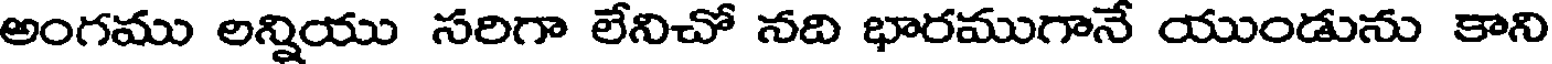
అంగము లన్నియు సరిగా లేనిచో నది భారముగానే యుండును కాని